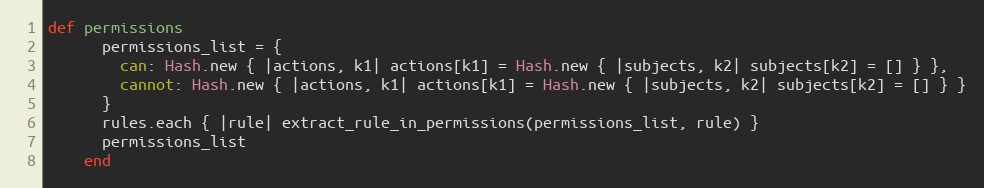
Language: Ruby
def permissions
      permissions_list = {
        can: Hash.new { |actions, k1| actions[k1] = Hash.new { |subjects, k2| subjects[k2] = [] } },
        cannot: Hash.new { |actions, k1| actions[k1] = Hash.new { |subjects, k2| subjects[k2] = [] } }
      }
      rules.each { |rule| extract_rule_in_permissions(permissions_list, rule) }
      permissions_list
    end